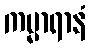
ကမ္မာရာနံ